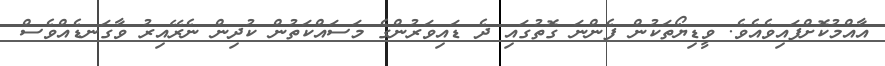
އާއްމުކޮށްފައިވެއެވެ. ވީޑިޔޯތަކުން ފެންނަ ގޮތުގައި ދެ ޑައިވަރުންގެ މަސައްކަތުން ކުދިން ނެރޭއިރު ވާގަނޑެއްވެސް